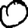
Digit: 0